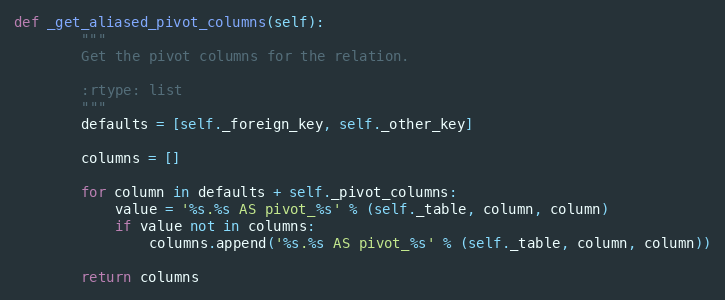
Language: Python
def _get_aliased_pivot_columns(self):
        """
        Get the pivot columns for the relation.

        :rtype: list
        """
        defaults = [self._foreign_key, self._other_key]

        columns = []

        for column in defaults + self._pivot_columns:
            value = '%s.%s AS pivot_%s' % (self._table, column, column)
            if value not in columns:
                columns.append('%s.%s AS pivot_%s' % (self._table, column, column))

        return columns